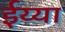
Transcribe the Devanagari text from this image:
ईय्या